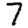
Digit: 7